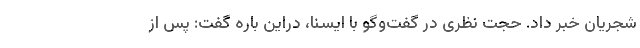
شجریان خبر داد. حجت نظری در گفت‌وگو با ایسنا، دراین باره گفت: پس از